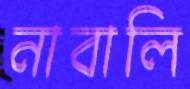
নাবালি